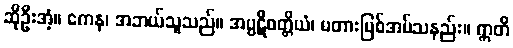
ဆိုဦးအံ့။ ကေန၊ အဘယ်သူသည်။ အပ္ပဋိဝတ္တိယံ၊ မတားမြစ်အပ်သနည်း။ ဣတိ